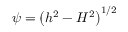
\psi = \left( h ^ { 2 } - H ^ { 2 } \right) ^ { 1 / 2 }